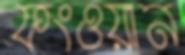
ফংওয়ান